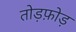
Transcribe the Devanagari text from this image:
तोड़फ़ोड़